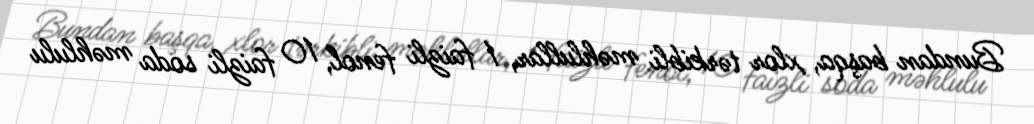
Bundan başqa, xlor tərkibli məhlullar, 1 faizli fenol, 10 faizli soda məhlulu